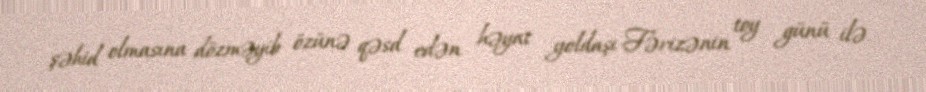
şəhid olmasına dözməyib özünə qəsd edən həyat yoldaşı Fərizənin toy günü ilə